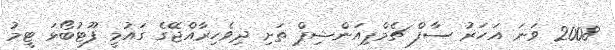
2008 ވަނަ އަހަރު ސާފް ޗެމްޕިއަންޝިޕް ތަށި ދިވެހިރާއްޖޭގެ ގައުމީ ފޫޓުބޯޅަ ޓީމު